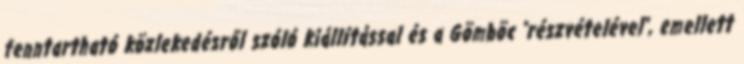
fenntartható közlekedésről szóló kiállítással és a Gömböc "részvételével", emellett